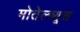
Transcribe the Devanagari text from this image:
मोतेल्च्यूस